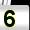
Digit: 5